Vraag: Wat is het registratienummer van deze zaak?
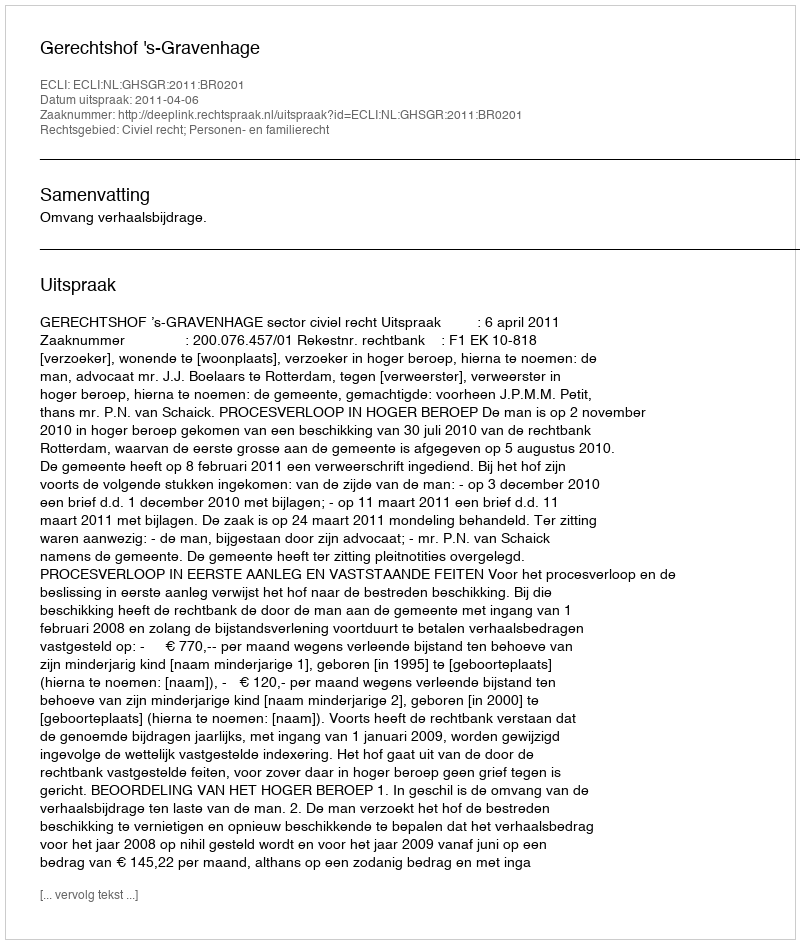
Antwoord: http://deeplink.rechtspraak.nl/uitspraak?id=ECLI:NL:GHSGR:2011:BR0201